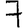
Digit: 7